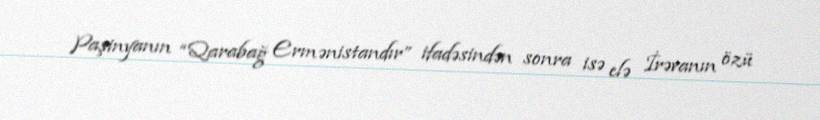
Paşinyanın “Qarabağ Ermənistandır” ifadəsindən sonra isə elə İrəvanın özü